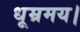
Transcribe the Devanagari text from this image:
धूम्रमय।